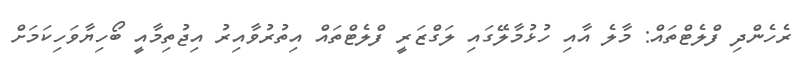
ރެހެންދި ފްލެޓްތައް: މާލެ އާއި ހުޅުމާލޭގައި ލަގްޒަރީ ފްލެޓްތައް އިތުރުވާއިރު އިޖުތިމާއީ ބޯހިޔާވަހިކަމަށް